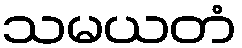
သမယတံ